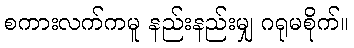
စကားလက်ကမူ နည်းနည်းမျှ ဂရုမစိုက်။